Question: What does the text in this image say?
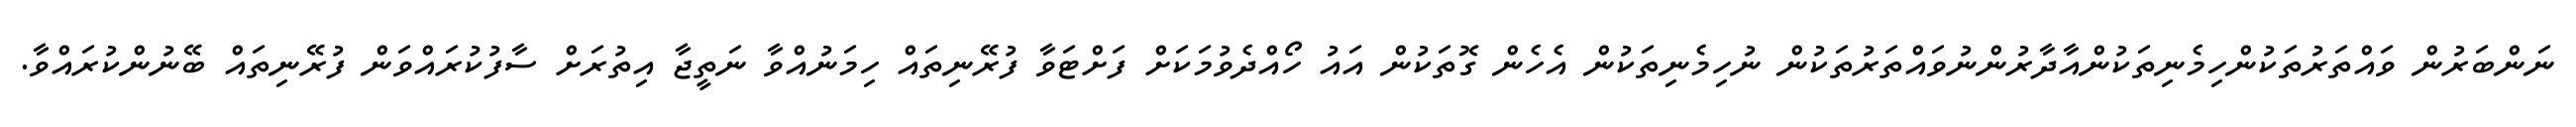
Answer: ނަންބަރުން ވައްތަރުތަކުންހިމެނިތަކުންއާދާރުންނުވައްތަރުތަކުން ނުހިމެނިތަކުން އެހެން ގޮތަކުން އައު ހޯއްދެވުމަކަށް ފަށްޓަވާ ފުރޭނިތައް ހިމަނުއްވާ ނަތީޖާ އިތުރަށް ސާފުކުރައްވަން ފުރޭނިތައް ބޭނުންކުރައްވާ.